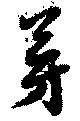
芽